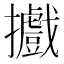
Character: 𢹍